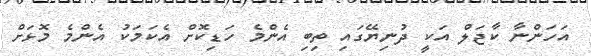
އަހަންނާ ކާޖަލް އަކީ ދުނިޔޭގައި ތިބި އެންމެ ހަޑިކޮށް އެކަމަކު އެންމެ މޮޅަށް